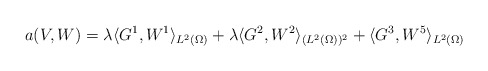
\begin{align*}a(V, W) = \lambda \langle G^{1}, W^{1}\rangle_{L^{2}(\Omega)} + \lambda \langle G^{2}, W^{2}\rangle_{(L^{2}(\Omega))^{2}}+ \langle G^{3}, W^{5}\rangle_{L^{2}(\Omega)} \end{align*}